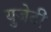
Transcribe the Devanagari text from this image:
युजेटी